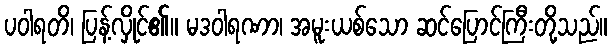
ပဝါရတိ၊ ပြန့်လှိုင်၏။ မဒဝါရဏာ၊ အမူးယစ်သော ဆင်ပြောင်ကြီးတို့သည်။